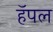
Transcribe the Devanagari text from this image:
हॅपल